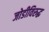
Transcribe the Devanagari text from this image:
जोडीविरुद्ध